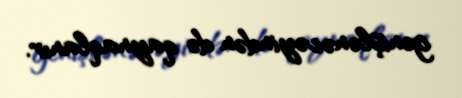
genişlənəcəyindən də qaynaqlanır.